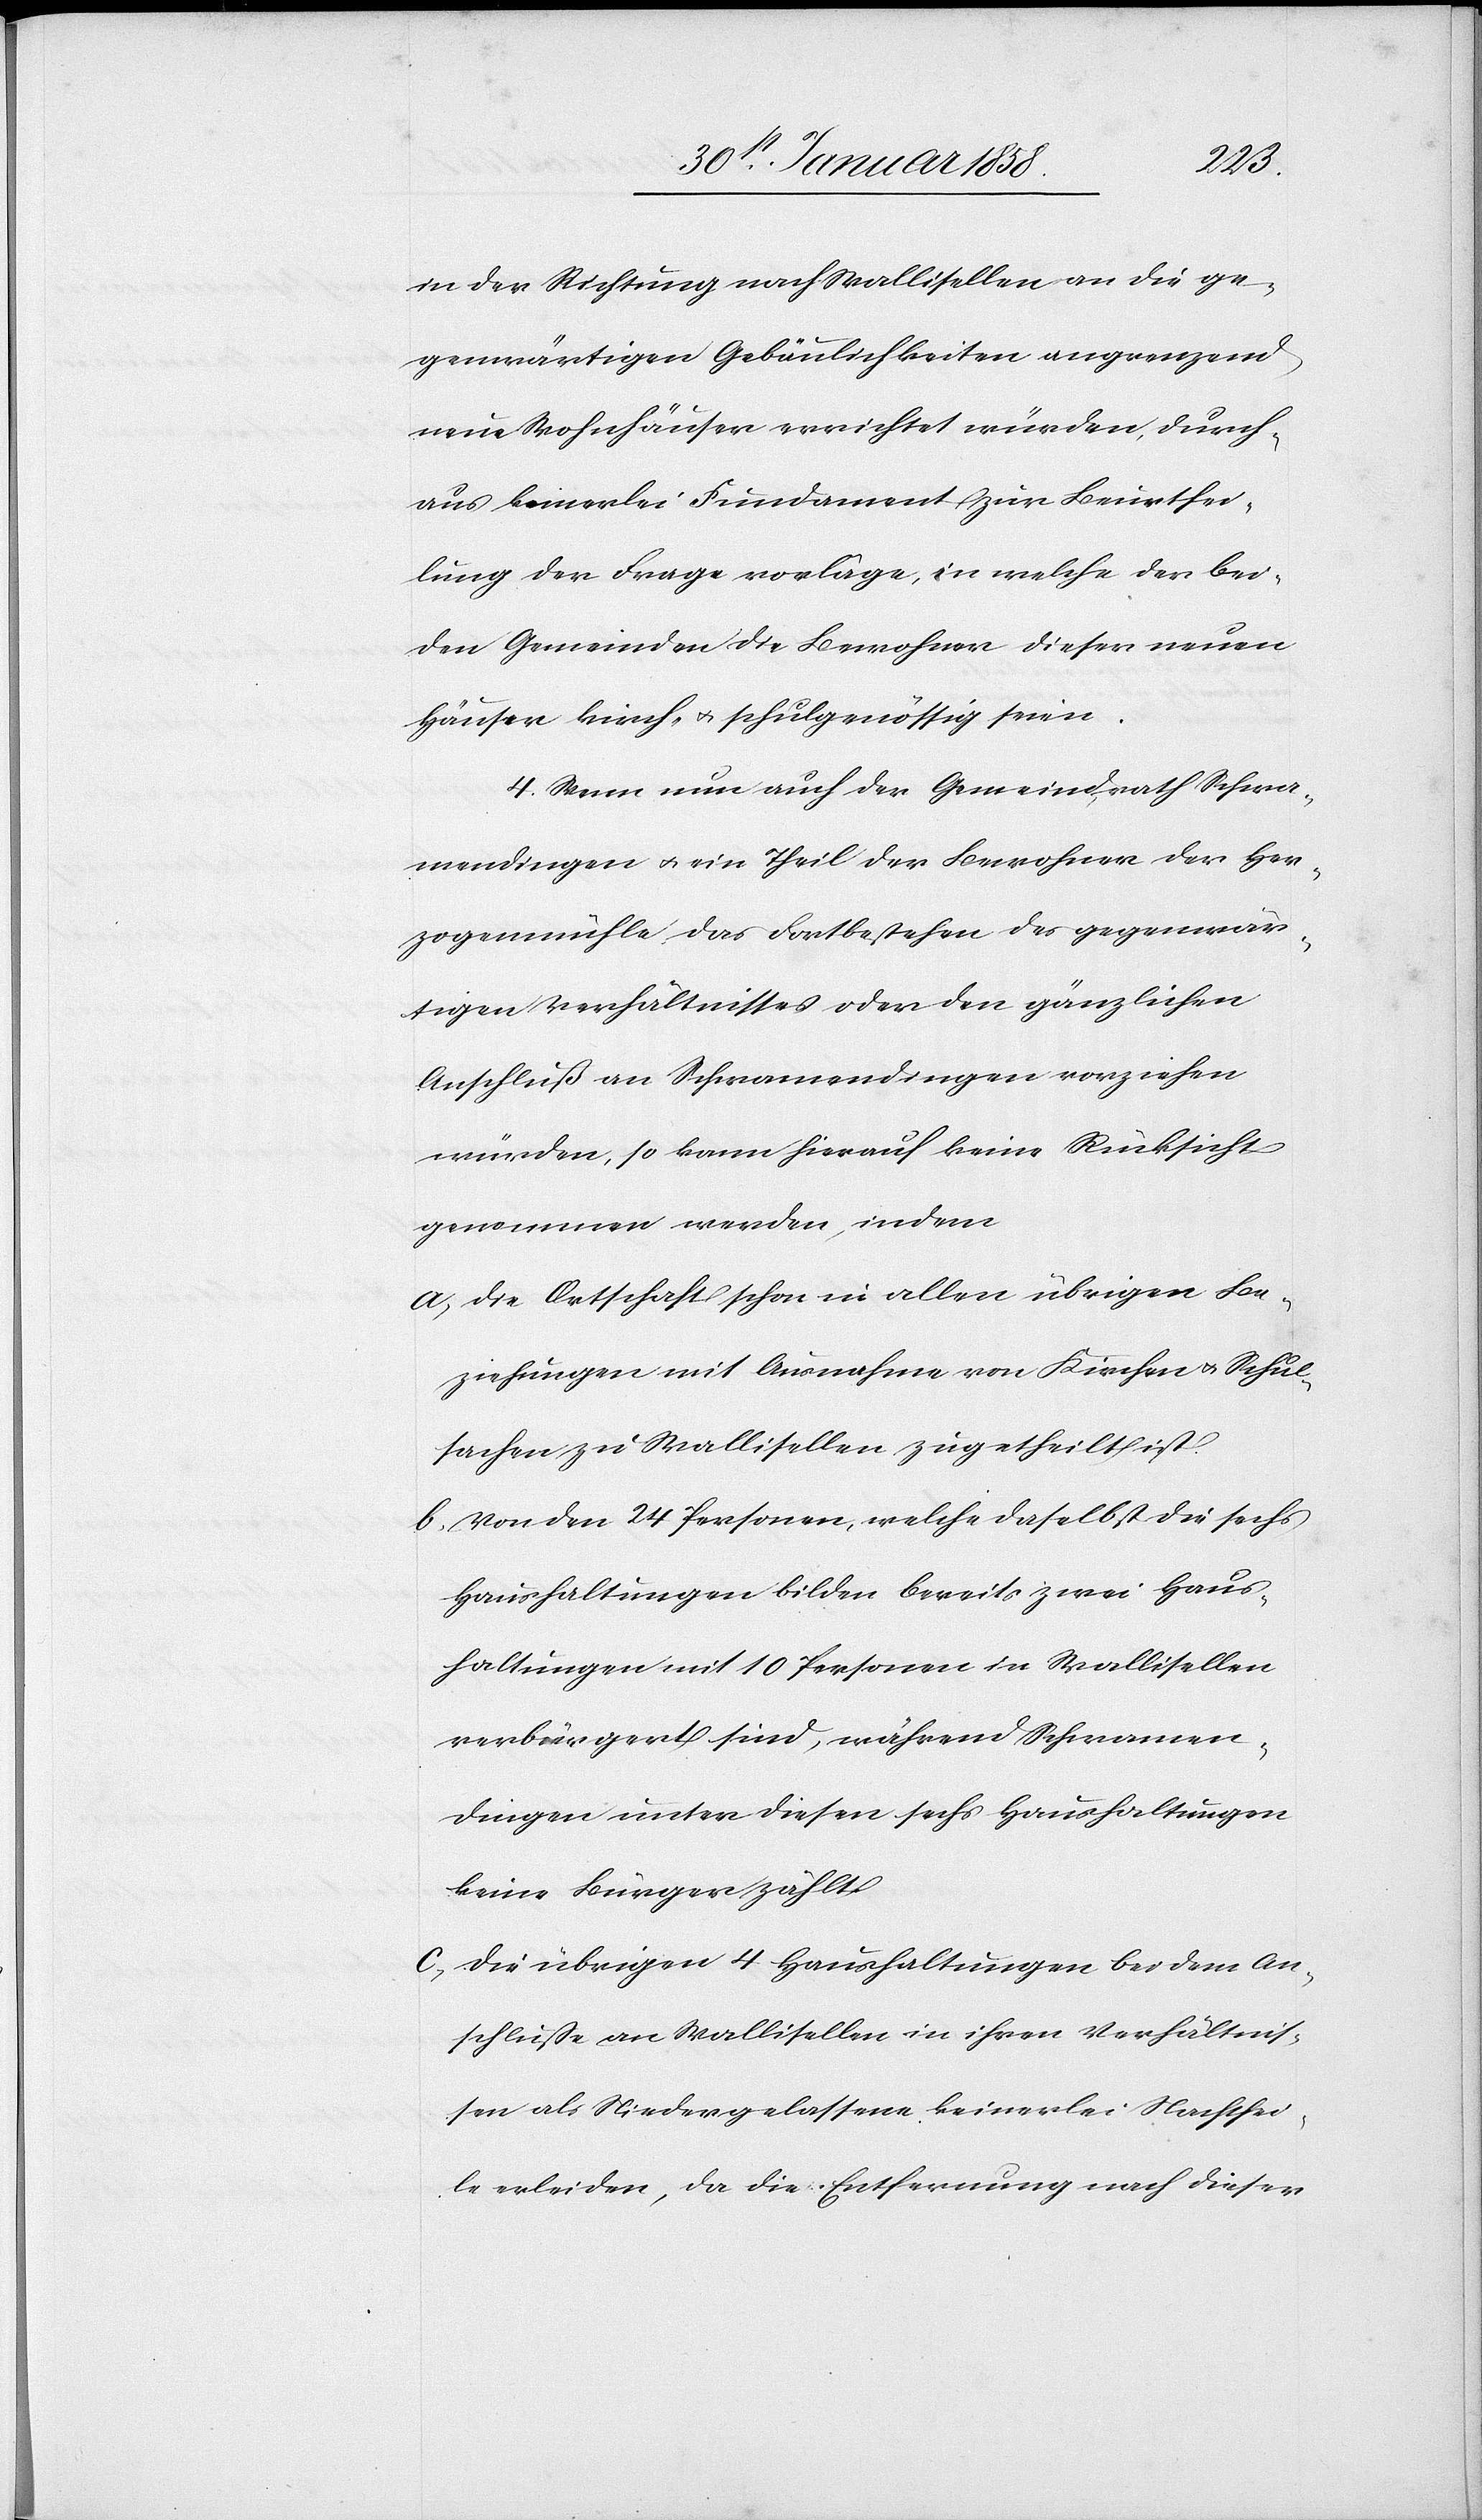
in der Richtung nach Wallisellen an die ge¬
genwärtigen Gebäulichkeiten angrenzend
neue Wohnhäuser errichtet würden, durch¬
aus keinerlei Fundament zur Beurthei¬
lung der Frage vorläge, in welche der bei¬
den Gemeinden die Bewohner dieser neuen
Häuser kirch- u. schulgenössig seien.
4. Wenn nun auch der Gemeindrath Schwa¬
mendingen u. ein Theil der Bewohner der Her¬
zogenmühle das Fortbestehen des gegenwär¬
tigen Verhältnisses oder den gänzlichen
Anschluß an Schwamendingen vorziehen
würden, so kann hierauf keine Rücksicht
genommen werden, indem
a. die Ortschaft in allen übrigen Be¬
ziehungen mit Ausnahme von Kirchen- u. Schul¬
sachen zu Wallisellen zugetheilt ist.
b. von den 24 Personen, welche daselbst die sechs
Haushaltungen bilden bereits zwei Haus¬
haltungen mit 10 Personen in Wallisellen
verbürgert sind, während Schwamen¬
dingen unter diesen sechs Haushaltungen
keine Bürger zählt
c. die übrigen 4 Haushaltungen bei dem An¬
schluße an Wallisellen in ihren Verhältnis¬
sen als Niedergelassene keinerlei Nachthei¬
le erleiden, da die Entfernung nach dieser